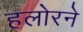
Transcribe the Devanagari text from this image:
हलोरने